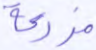
مزرعة